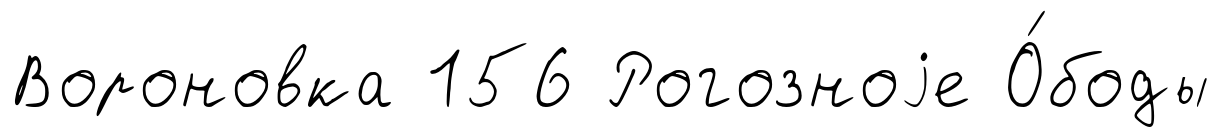
Вороновка 156 Рогозноjе О́боды